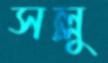
সল্লু